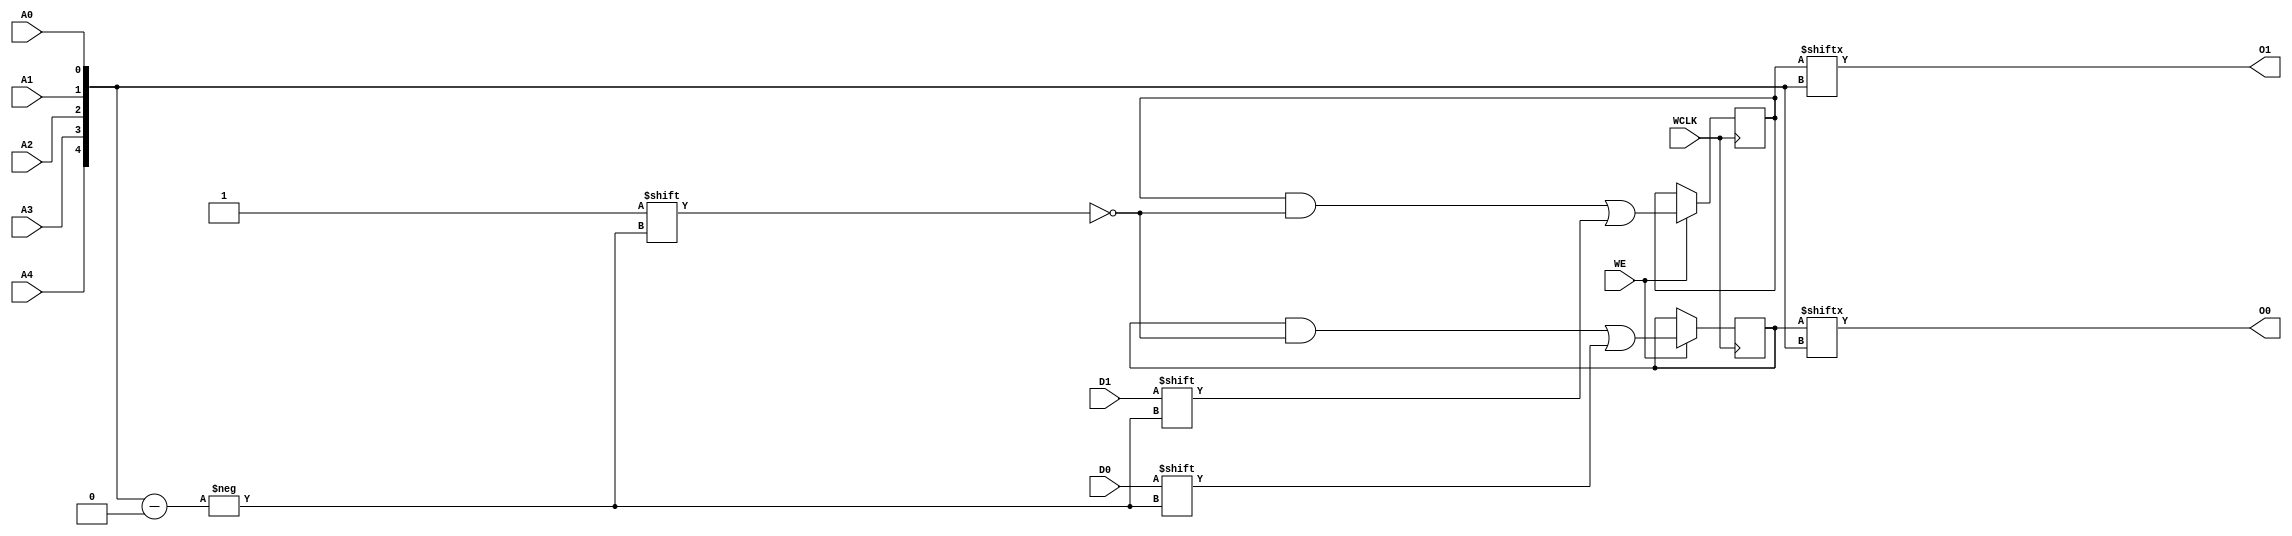
module RAM32X2S (O0, O1, A0, A1, A2, A3, A4, D0, D1, WCLK, WE);

    parameter INIT_00 = 32'h00000000;
    parameter INIT_01 = 32'h00000000;

    output O0, O1;

    input  A0, A1, A2, A3, A4, D0, D1, WCLK, WE;

    reg  [31:0] mem1;
    reg  [31:0] mem2;

    wire [4:0] adr;

    assign adr = {A4, A3, A2, A1, A0};
    assign O0 = mem1[adr];
    assign O1 = mem2[adr];

    initial  begin
        mem1 = INIT_00;
        mem2 = INIT_01;
    end

    always @(posedge WCLK) 
        if (WE == 1'b1) begin
            mem1[adr] <= #100 D0;
            mem2[adr] <= #100 D1;
        end

endmodule